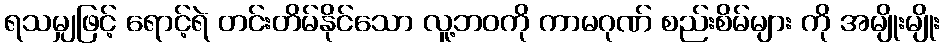
ရသမျှဖြင့် ရောင့်ရဲ တင်းတိမ်နိုင်သော လူ့ဘဝကို ကာမဂုဏ် စည်းစိမ်များ ကို အမျိုးမျိုး